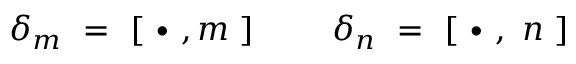
\delta _ { m } \ = \ [ \ \bullet \ , m \ ] \ \ \ \ \ \ \ \delta _ { n } \ = \ [ \ \bullet \ , \ n \ ]